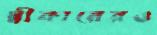
স্বীকারেরও